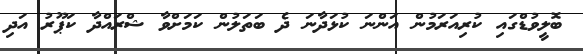
ބޮލީވުޑްގައި ކުރިއަރަމުން އަންނަ ކުޅަދާނަ ދެ ބަތަލުން ކަމަށްވާ ޝްރައްދާ ކަޕޫރު އަދި